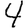
Digit: 4